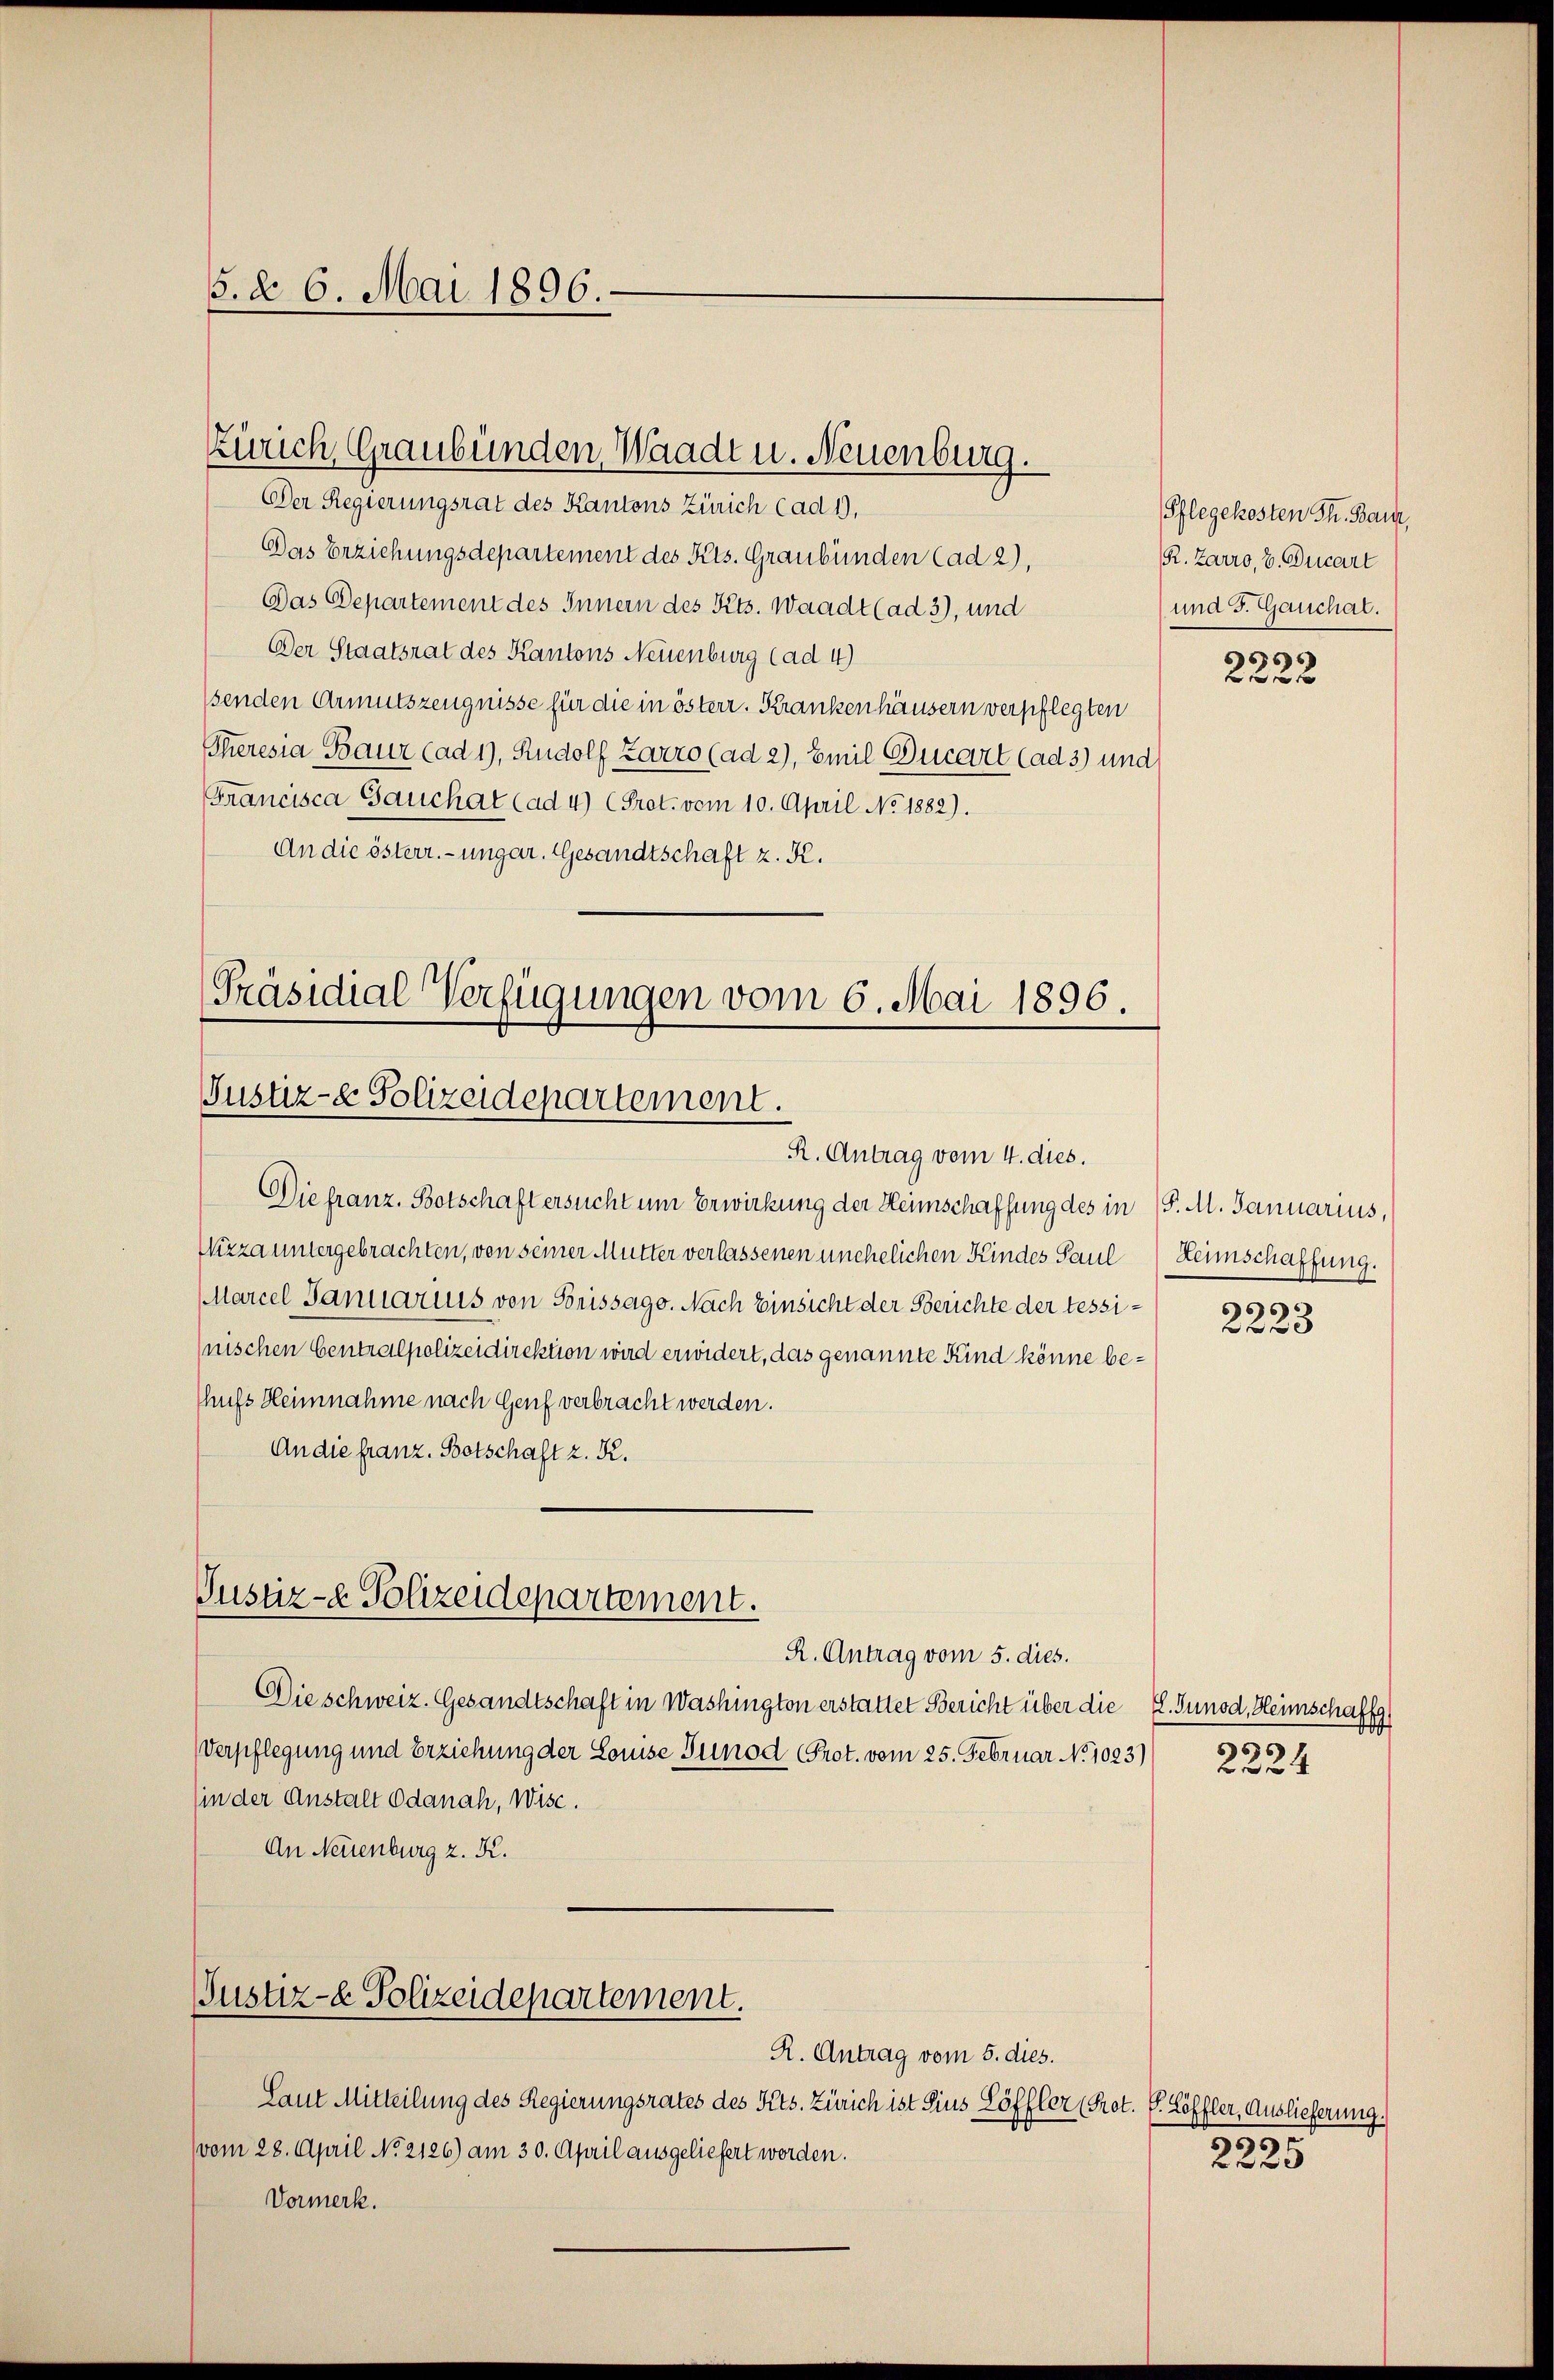
5. d. 6. Mai 1896.

Zürich Graubünden, Waadt u. Neuenburg.

Der Regierungsrat des Kantons Zürich Cad1),
Das Erziehungsdepartement des Kts. Graubünden Cad 2),
Das Departement des Innern des Kts. Waadt (ad 3), und
Der Staatsrat des Kantons Neuenburg (ad 4)
senden Armutszeugnisse für die in österr. Krankenhäusern verpflegten
Theresia Bauz Cad1), Rudolf Zarro (ad 2), Emil Ducart (ad 3) und
Francisca Gauchat (ad 4) (Prot. vom 10. April No 1882).
An die österr.-ungar. Gesandtschaft z. R.
Präsidial-Verfügungen vom 6. Mai 1896.

Justiz-e Polizeidepartement.
R. Antrag vom 4. dies.

Die franz. Botschaft ersucht um Erwirkung der Heimschaffung des in (S. M. Januarius,
Wizza untergebrachten, von seiner Mutter verlassenen unehelichen Kindes Paul
Marcel Januaris von Frissago. Nach Einsicht der Berichte der tessinischen Centralpolizeidirektion wird erwidert, das genannte Kind könne be¬
Chufs Heimnahme nach Genf verbracht werden.
An die franz. Botschaft z. K.

Justiz- & Polizeidepartement.
R. Antrag vom 5. dies.

Justiz- & Polizeidepartement.

Laut Mitteilung des Regierungsrates des Kts. Zürich ist Zins Löffler (Prot. S. Löffler, Auslieferung.
vom 28. April No 2126) am 30. April ausgeliefert worden.
Vormerk.

Die schweiz. Gesandtschaft in Washington erstattet Bericht über die L. Junod, Heimschaffg
Verpflegung und Erziehung der Louise Tunod Prot. vom 25. Februar No 1023)
(in der Anstalt Odanach, Wise.
An Neuenburg z. K.

R. Antrag vom 5. dies.

Pflegekosten Th. Bau,
R. Zarro, b. Ducart
und J. Gauchal.
666

f

Heimschaffung.
)

2228

656
f xx

399.
2225